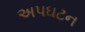
અપઘટન